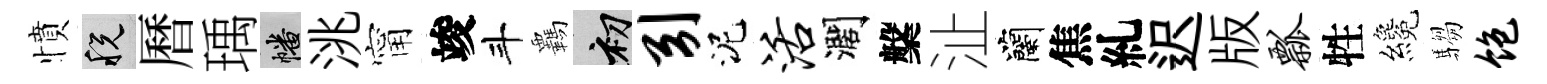
憤税曆瑀幡洮甯竣斗覊初引泥活濶槃沚蘭焦糺迟版瓢牲纔騶饱